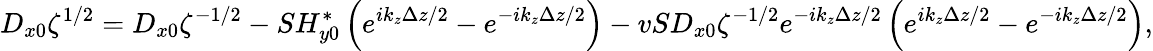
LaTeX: D_{x0}\zeta^{1/2}=D_{x0}\zeta^{-1/2}-SH_{y0}^{*}\left(e^{ik_{z}\Delta z/2}-e^{-ik_{z}\Delta z/2}\right)-vSD_{x0}\zeta^{-1/2}e^{-ik_{z}\Delta z/2}\left(e^{ik_{z}\Delta z/2}-e^{-ik_{z}\Delta z/2}\right),